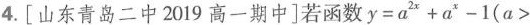
4.[山东青岛二中2019高一期中]若函数$$y = a ^ { 2 x }+a ^ { x } - 1 ( a >